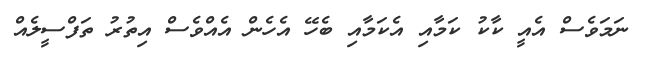
ނަމަވެސް އެއީ ކާކު ކަމާއި އެކަމާއި ބެހޭ އެހެން އެއްވެސް އިތުރު ތަފްސީލެއް